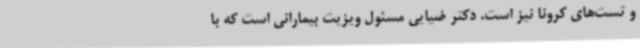
و تست‌های کرونا نیز است. دکتر ضیایی مسئول ویزیت بیمارانی است که با